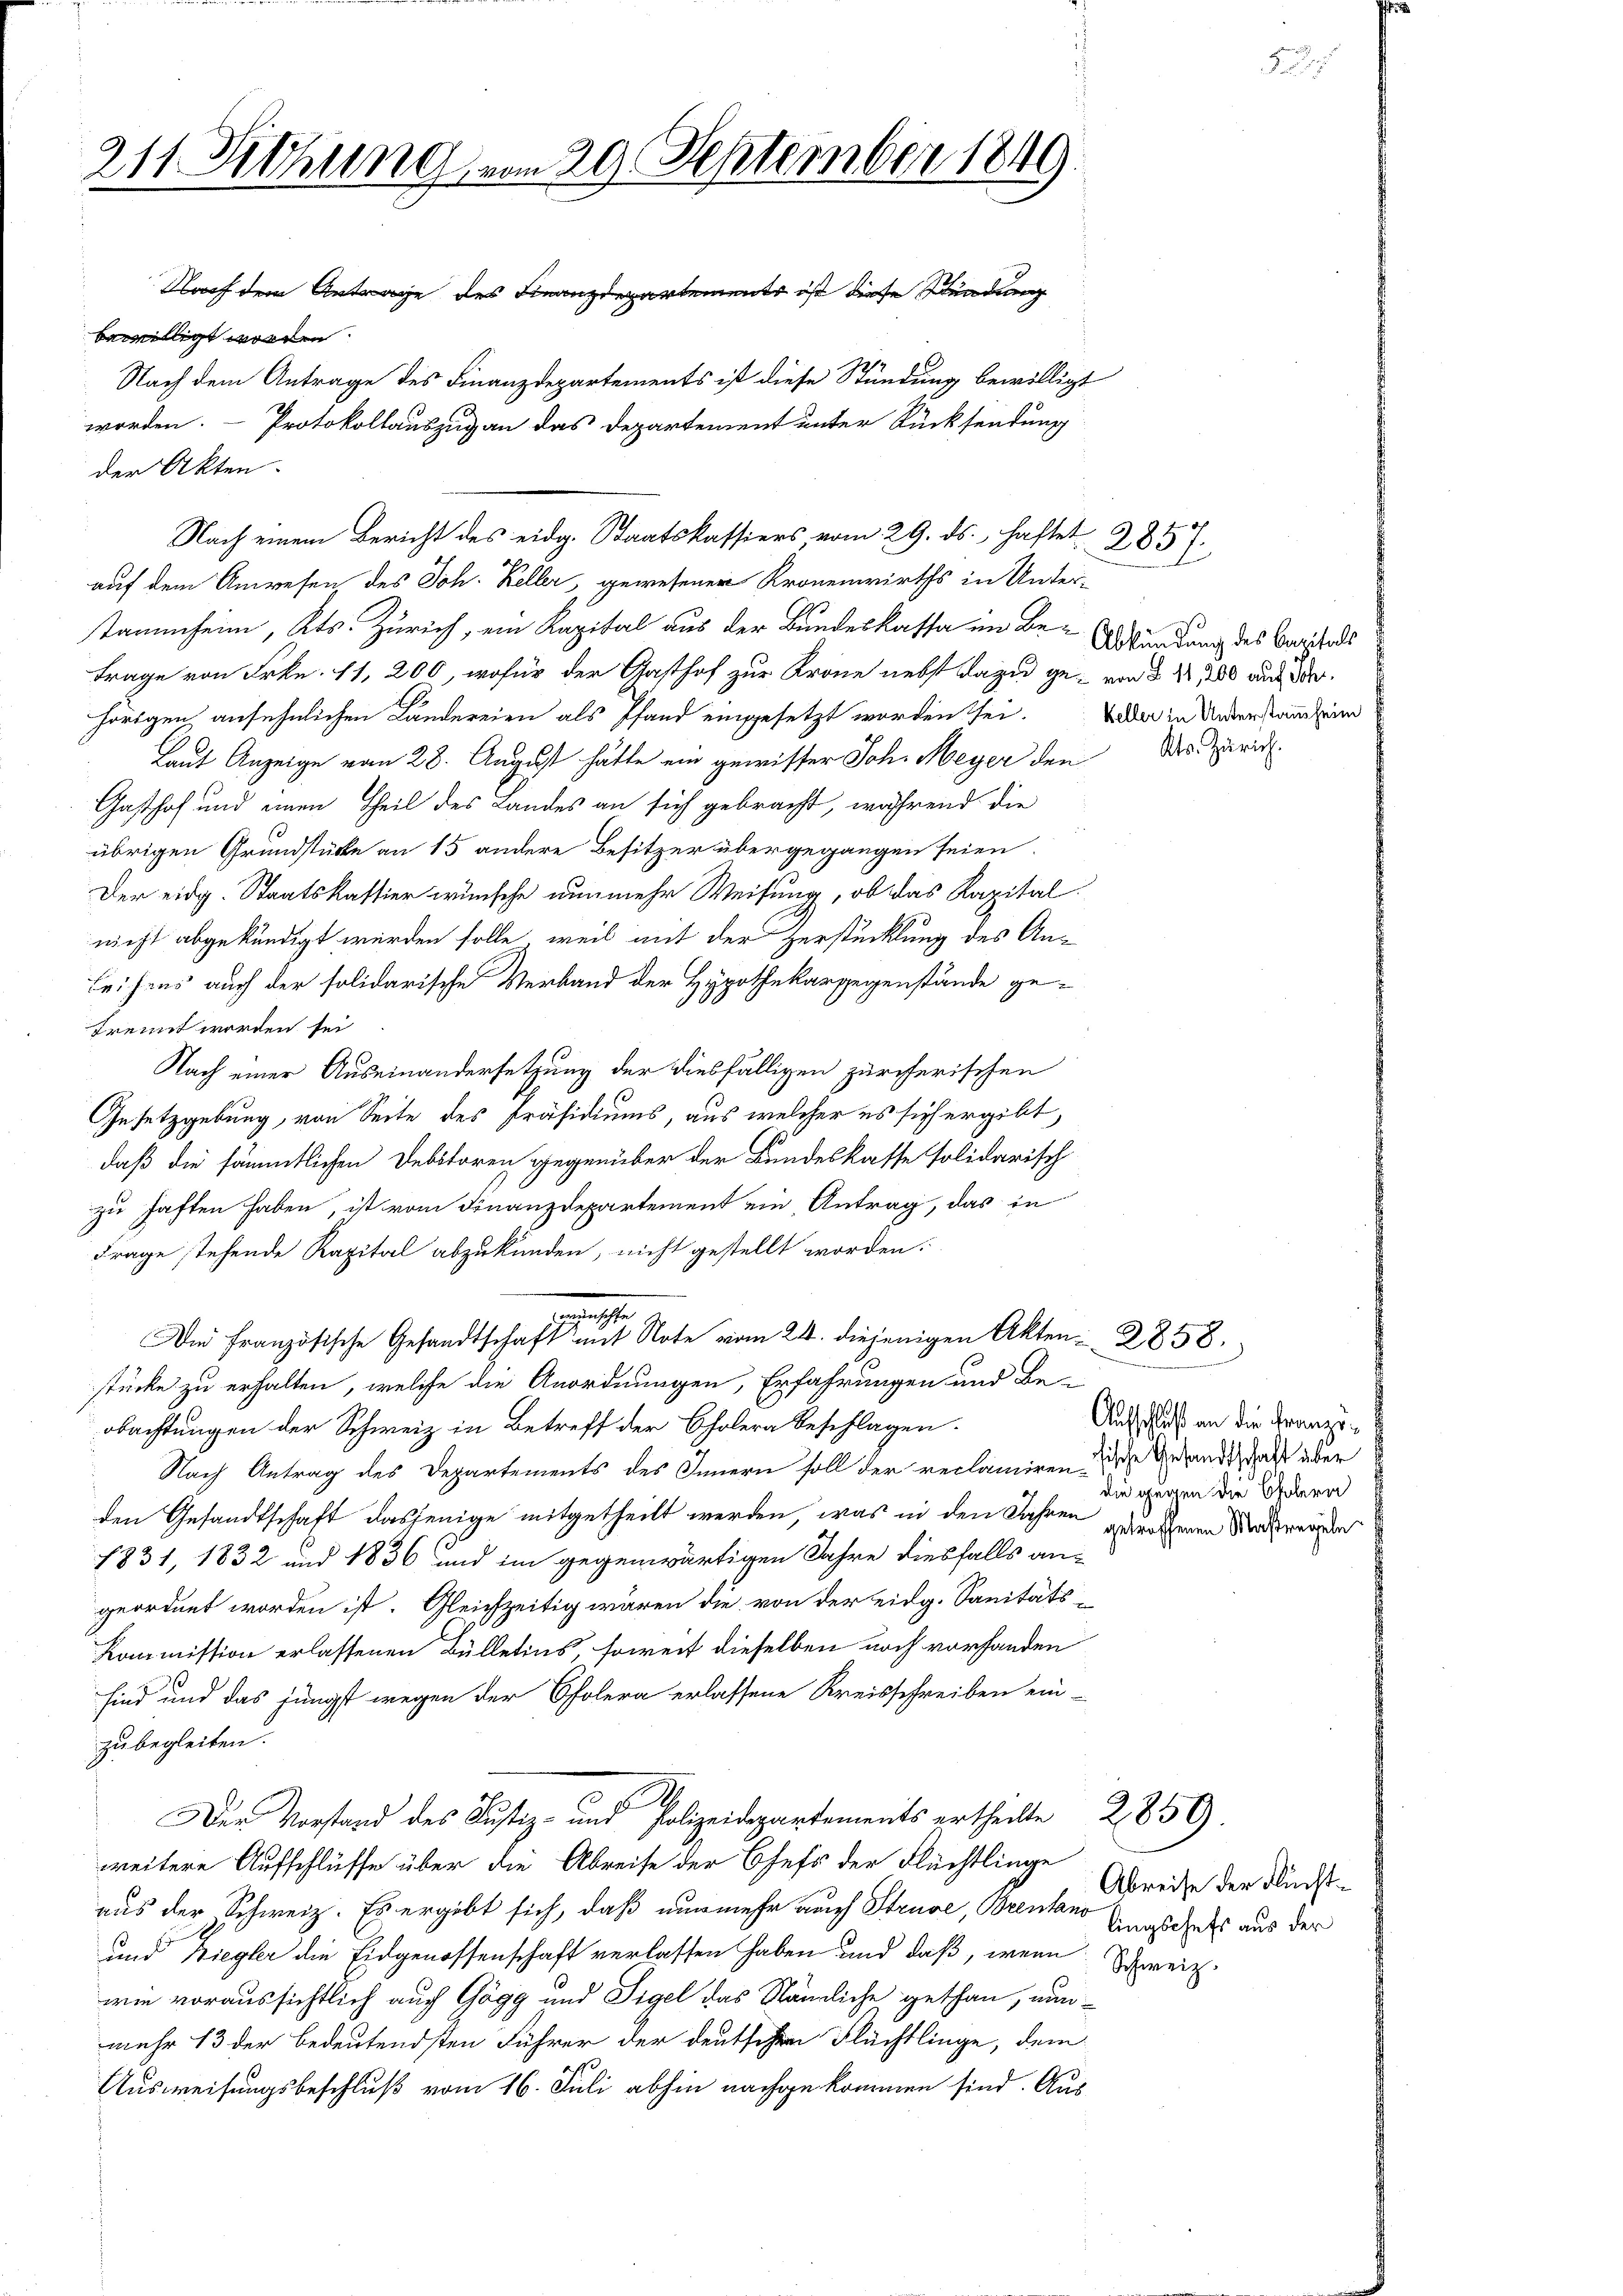
211. Sitzung vom 20. September 1849.
Nach dem Antrage des Finanzdepartements ist diese Stundung
bewilligt worden.
Nach dem Antrage des Finanzdepartements ist diese Stündung bewilligt
worden. Protokollauszug an das Departement unter Rücksendung

der Akten.
auf dem Anwesen des Joh. Keller, gewesener Kronenwirths in Unter-
tammheim, Kts. Zürich, ein Kapital aus der Bundeskassa im Be- Auskündung des Berichtende
Frage von Frkn. 11, 200, wofür der Gasthof zur Krone nebst dazu ge- von § 1200 aus de
hörigen ansehnlichen Ländereien als Pfand eingesetzt worden sei. Wider in Unterstandzung
Laut Anzeige vom 28. August hätte ein gewisser Joh. Meyer den
Gasthof und einen Theil des Landes an sich gebracht, während die
übrigen Grundstücke an 15 andere Besitzer übergegangen seien.
Der eidg. Staatskassier wünsche nunmehr Weisung, ob das Kapitalnicht abgekündigt werden solle, weil mit der Zerstücklung des Anleihens auch der solidarische Verband der Hypothekargegenstände ge-
Trennt worden sei
Nach einer Auseinandersetzung der diesfälligen zürcherischen
Gesetzgebung, von Seite des Präsidiums, aus welcher es sich ergibt,
daß die sämmtlichen Debitoren gegenüber der Bundeskasse solidarisch
zu haften haben, ist vom Finanzdepartement ein Antrag, das in
Frage stehende Kapital abzukünden, nicht gestellt worden.
1
Die Französische Gesandtschaft mit Note vom 24. diejenigen Akten 2858.
stücke zu erhalten, welche die Anordnungen, Erfahrungen und Be-
obachtungen der Schweiz in Betreff der Cholera beschlagen.
Nach Antrag des Departements des Innern soll der reclamiren ehe Gesandtschaft aber
den Gesandtschaft dasjenige mitgetheilt werden, was in den Jahren geradenen Nachwerden
1831, 1832 und 1836 und im gegenwärtigen Jahre diesfalls an-
geordnet worden ist. Gleichzeitig wären die von der eidg. Sanitäts
Kommission erlassenen Bülletins, soweit dieselben noch vorhanden
sind und das jüngst wegen der Cholera erlassene Kreisschreiben ein-
zu begleiten.
Der Vorstand des Justiz- und Polizeidepartements ertheilte 2859.
weitere Aufschlüsse über die Abreise der Chefs der Flüchtlinge
aus der Schweiz. Es ergibt sich, daß nunmehr auch Struve, Brentano Anastets aus der
und Ziegler die Eidgenossenschaft verlassen haben und daß, wenn Erreich
wie voraussichtlich auch Gögg und Tigel das Nämliche gethan, nunmehr 13 der bedeutendsten Führer der deutschen Flüchtlinge, dem
Ausweisungsbeschluß vom 16. Juli abhin nachgekommen sind. Aus

Nach einem Bericht des eidg. Staatskassiers vom 29. ds., haftet. 2857.

Kts. Zürich.

Aufschluß an die Franzödie gegen die Cholern

Abreise der Flücht¬